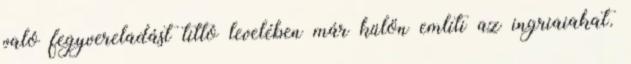
való fegyvereladást tiltó levelében már külön említi az ingriaiakat.